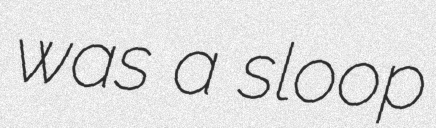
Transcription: was a sloop